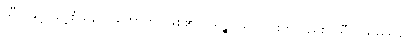
သီလနှင့်ပြည့်စုံသည်။ ဟောတိ၊ ဖြစ်၏။ ပရဉ္စ၊ သူတပါးကိုလည်း။ သီလသမ္ပဒါယ၊